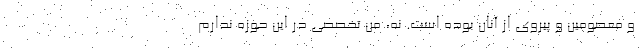
و معصومین و پیروی از آنان بوده است. نه، من تخصصی در این حوزه ندارم